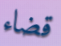
قضاء